Problem: 5 × 4 = ?
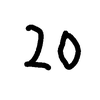
Handwritten answer: 20